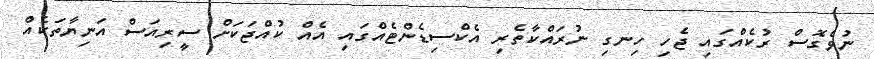
ނުވެގޮސް ރުކެއްގައި ޖެހި ހިނގި ނުރައްކާތެރި އެކްސިޑެންޓެއްގައި އެއް ކުއްޖަކަށް ސީރިއަސް އަނިޔާތަކެއް